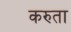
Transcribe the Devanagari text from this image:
करुता